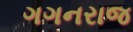
ગગનરાજ